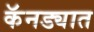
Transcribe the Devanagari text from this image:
कॅनड्यात